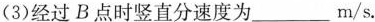
(3)经过B点时竖直分速度为___m/s.